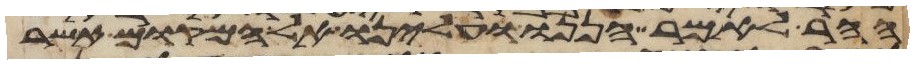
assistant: ההר לאמר הננו ועלינו אל המקום אשר